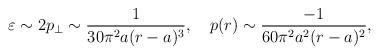
LaTeX: \begin{align*}\varepsilon \sim 2p_\perp \sim \frac{1}{30\pi ^2a(r-a)^3},\quad p(r) \sim \frac{-1}{60\pi ^2a^2(r-a)^2},\end{align*}